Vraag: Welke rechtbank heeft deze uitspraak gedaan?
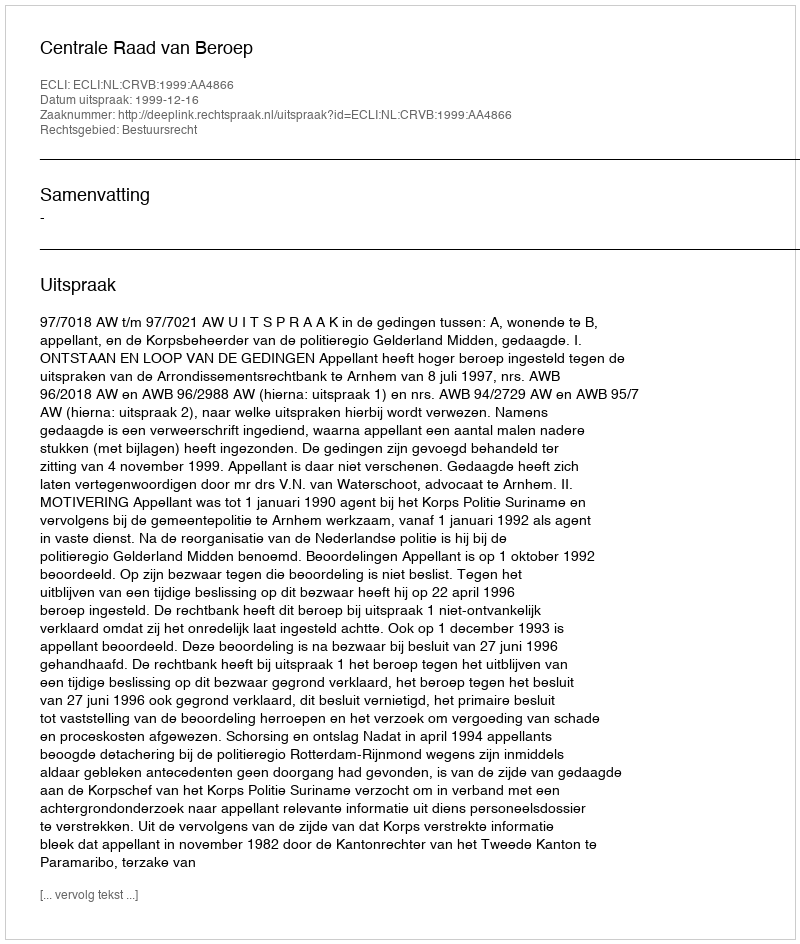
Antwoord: Centrale Raad van Beroep